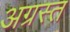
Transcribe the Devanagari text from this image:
अग्रस्त